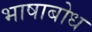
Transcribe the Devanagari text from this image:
भाषाबोध